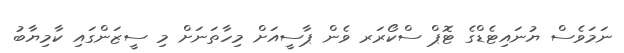
ނަމަވެސް ޔުނައިޓެޑްގެ ޓޮޕް ސްކޯރަރ ވެން ޕާސީއަށް މިހާތަނަށް މި ސީޒަންގައި ކާމިޔާބު